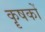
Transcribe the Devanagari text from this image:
कॄषकों